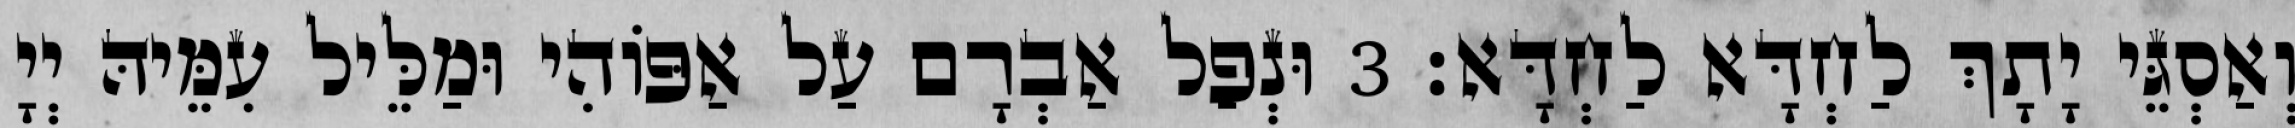
וְאַסְגֵּי יָתָךְ לַחְדָּא לַחְדָּא׃ 3 וּנְפַל אַבְרָם עַל אַפּוֹהִי וּמַלֵּיל עִמֵּיהּ יְיָ